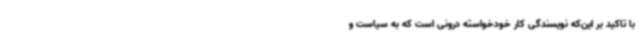
با تاکید بر این‌که نویسندگی کار خودخواسته درونی است که به سیاست و